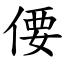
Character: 偠